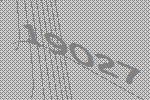
19027